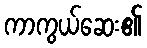
ကာကွယ်ဆေး၏